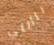
باأنني